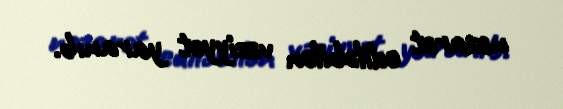
nəzarət ediləbilən vəziyyət yaranıb.